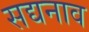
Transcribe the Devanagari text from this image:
सद्यनाव